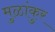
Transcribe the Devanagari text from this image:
मुळांकुर